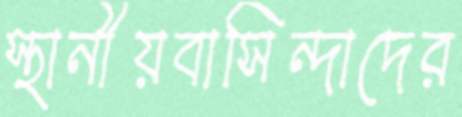
স্থানীয়বাসিন্দাদের